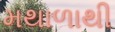
મથાળાથી